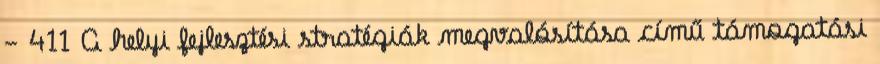
- 411 A helyi fejlesztési stratégiák megvalósítása című támogatási